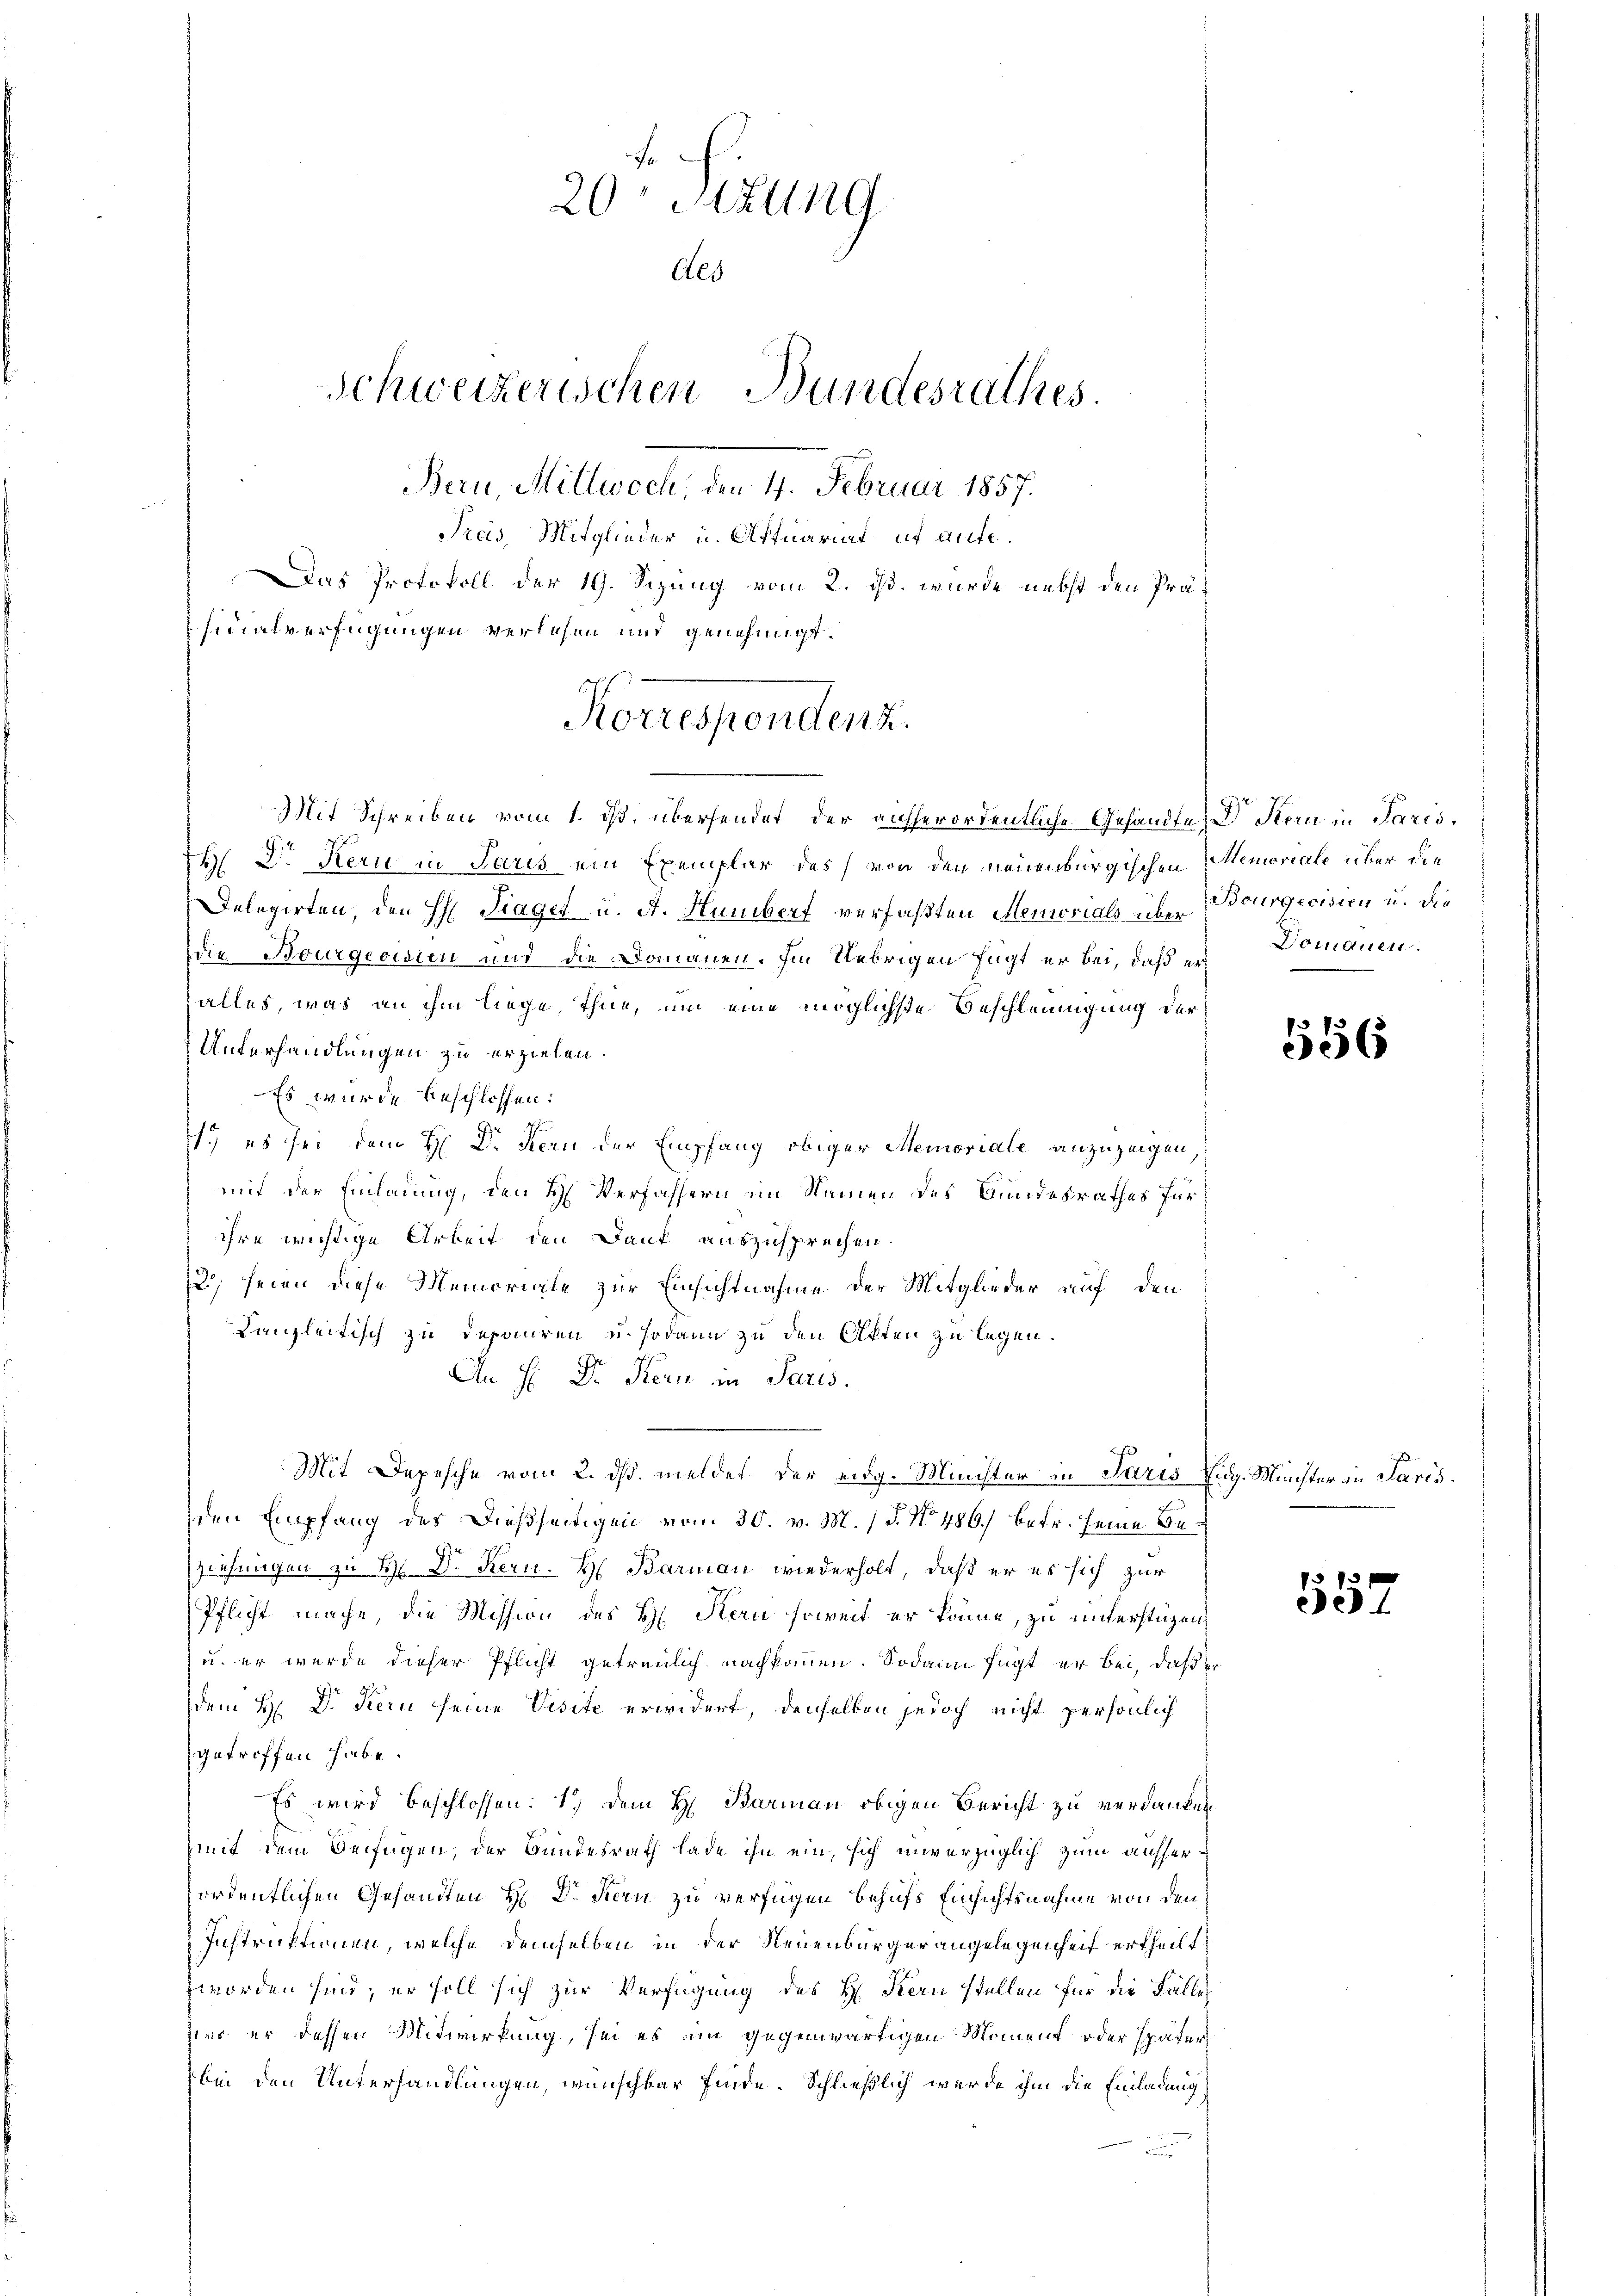
Fa
20 Sitzung
des
Schweizerischen Bundesrathes.
Bern, Mittwoch, den 4. Februar 1857.
Preis, Mitglieder u. Aftuariat ut aufe¬
Das Protokoll der 19. Sizung vom 2. ds. wurde nebst den Präfinalverfügungen verlesen und genehmigt.

Korrespondenz.
Mit Schreiben vom 1. ds. übersendet der ausserordentliche Gesandte Dr. Stern in Paris,

TH Dr. Kern in Paris ein Exemplar des von den neuenburgischen Memoriale über die
Delegirten, den H: Fraget u. A. Humbert verfaßten Memorials über Bourgecision u. die
Die Bourgeoisten und die Domanen. Im Uebrigen fügt er bei, daß er
alles, was an ihm liege, Ihne, und eine möglichste Beschleunigung der
Unterhandlungen zu erziehen.
Es wurde beschlossen:
f
1.) es sei dem H: Dr. Kern der Empfang obiger Memoriale anzuzeigen,
mit der Einladung, den H. Verfassern im Namen des Bundesrathes für
ihre wichtige Arbeit den Dank auszusprechen.
2) seien diese Memoriale zur Einsichtnahme der Mitglieder auf den
Kanzleitisch zu deponiren, u. sodann zu den Akten zu legen.
An H: Dr. Kern in Paris.
Mit Depesche vom 2. ds. meldet der eidg. Minister in Juris Eug. Münster in Paris.
den Empfang des Dießseitigen vom 30. v. M. (T. No. 486) betr. seine Beziehungen zu H Dr. Kern. H. Barman wiederholt, daß er es sich zur
Pflicht mache, die Mission des H. Kern soweit er könne, zu unterstüzen,
u. er wurde dieser Pflicht getreulich nachkommen. Sodann fügt er bei, daß er
dem H. Dr. Kern seine Visite erwidert, denselben jedoch nicht persönlich
getroffen habe.
Es wird beschlossen: 1.) Dem H. Barmann obigen Bericht zu verdanken
mit dem Beifügen, der Bundesrath lade ihn ein, sich unverzüglich zum ausherordentlichen Gesandten H. Dr. Kern zu verfügen behufs Einsichtsnahme von den
Instruktionen, welche demselben in der Neuenburgerangelegenheit ertheilt,
worden sind; er soll sich zur Verfügung des H. Kern stellen für die Fällen
sind er dessen Mitwirkung, sei es ein gegenwärtigen Moment oder später,
bei den Unterhandlungen, wünschbar finde. Schließlich wurde ihm die Einladung

Domanen.

556

557